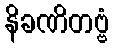
နိခဏိတဗ္ဗံ